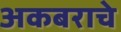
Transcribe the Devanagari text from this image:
अकबराचे